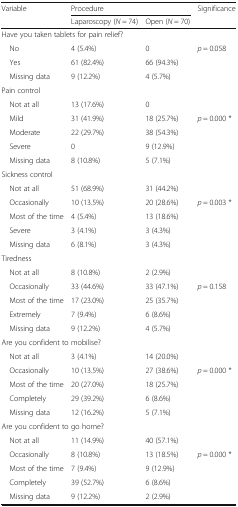
<table><thead><tr><td rowspan="2"><b>Variable</b></td><td colspan="2"><b>Procedure</b></td><td rowspan="2"><b>Significance</b></td></tr><tr><td><b>Laparoscopy (<i>N</i> = 74)</b></td><td><b>Open (<i>N</i> = 70)</b></td></tr></thead><tbody><tr><td colspan="4">Have you taken tablets for pain relief?</td></tr><tr><td> No</td><td>4 (5.4%)</td><td>0</td><td rowspan="3"><i>p</i> = 0.058</td></tr><tr><td> Yes</td><td>61 (82.4%)</td><td>66 (94.3%)</td></tr><tr><td> Missing data</td><td>9 (12.2%)</td><td>4 (5.7%)</td></tr><tr><td colspan="4">Pain control</td></tr><tr><td> Not at all</td><td>13 (17.6%)</td><td>0</td><td></td></tr><tr><td> Mild</td><td>31 (41.9%)</td><td>18 (25.7%)</td><td><i>p</i> = 0.000 *</td></tr><tr><td> Moderate</td><td>22 (29.7%)</td><td>38 (54.3%)</td><td rowspan="3"></td></tr><tr><td> Severe</td><td>0</td><td>9 (12.9%)</td></tr><tr><td> Missing data</td><td>8 (10.8%)</td><td>5 (7.1%)</td></tr><tr><td colspan="4">Sickness control</td></tr><tr><td> Not at all</td><td>51 (68.9%)</td><td>31 (44.2%)</td><td></td></tr><tr><td> Occasionally</td><td>10 (13.5%)</td><td>20 (28.6%)</td><td rowspan="4"><i>p</i> = 0.003 *</td></tr><tr><td> Most of the time</td><td>4 (5.4%)</td><td>13 (18.6%)</td></tr><tr><td> Severe</td><td>3 (4.1%)</td><td>3 (4.3%)</td></tr><tr><td> Missing data</td><td>6 (8.1%)</td><td>3 (4.3%)</td></tr><tr><td colspan="4">Tiredness</td></tr><tr><td> Not at all</td><td>8 (10.8%)</td><td>2 (2.9%)</td><td></td></tr><tr><td> Occasionally</td><td>33 (44.6%)</td><td>33 (47.1%)</td><td rowspan="4"><i>p</i> = 0.158</td></tr><tr><td> Most of the time</td><td>17 (23.0%)</td><td>25 (35.7%)</td></tr><tr><td> Extremely</td><td>7 (9.4%)</td><td>6 (8.6%)</td></tr><tr><td> Missing data</td><td>9 (12.2%)</td><td>4 (5.7%)</td></tr><tr><td colspan="4">Are you confident to mobilise?</td></tr><tr><td> Not at all</td><td>3 (4.1%)</td><td>14 (20.0%)</td><td></td></tr><tr><td> Occasionally</td><td>10 (13.5%)</td><td>27 (38.6%)</td><td><i>p</i> = 0.000 *</td></tr><tr><td> Most of the time</td><td>20 (27.0%)</td><td>18 (25.7%)</td><td rowspan="3"></td></tr><tr><td> Completely</td><td>29 (39.2%)</td><td>6 (8.6%)</td></tr><tr><td> Missing data</td><td>12 (16.2%)</td><td>5 (7.1%)</td></tr><tr><td colspan="4">Are you confident to go home?</td></tr><tr><td> Not at all</td><td>11 (14.9%)</td><td>40 (57.1%)</td><td></td></tr><tr><td> Occasionally</td><td>8 (10.8%)</td><td>13 (18.5%)</td><td><i>p</i> = 0.000 *</td></tr><tr><td> Most of the time</td><td>7 (9.4%)</td><td>9 (12.9%)</td><td rowspan="3"></td></tr><tr><td> Completely</td><td>39 (52.7%)</td><td>6 (8.6%)</td></tr><tr><td> Missing data</td><td>9 (12.2%)</td><td>2 (2.9%)</td></tr></tbody></table>